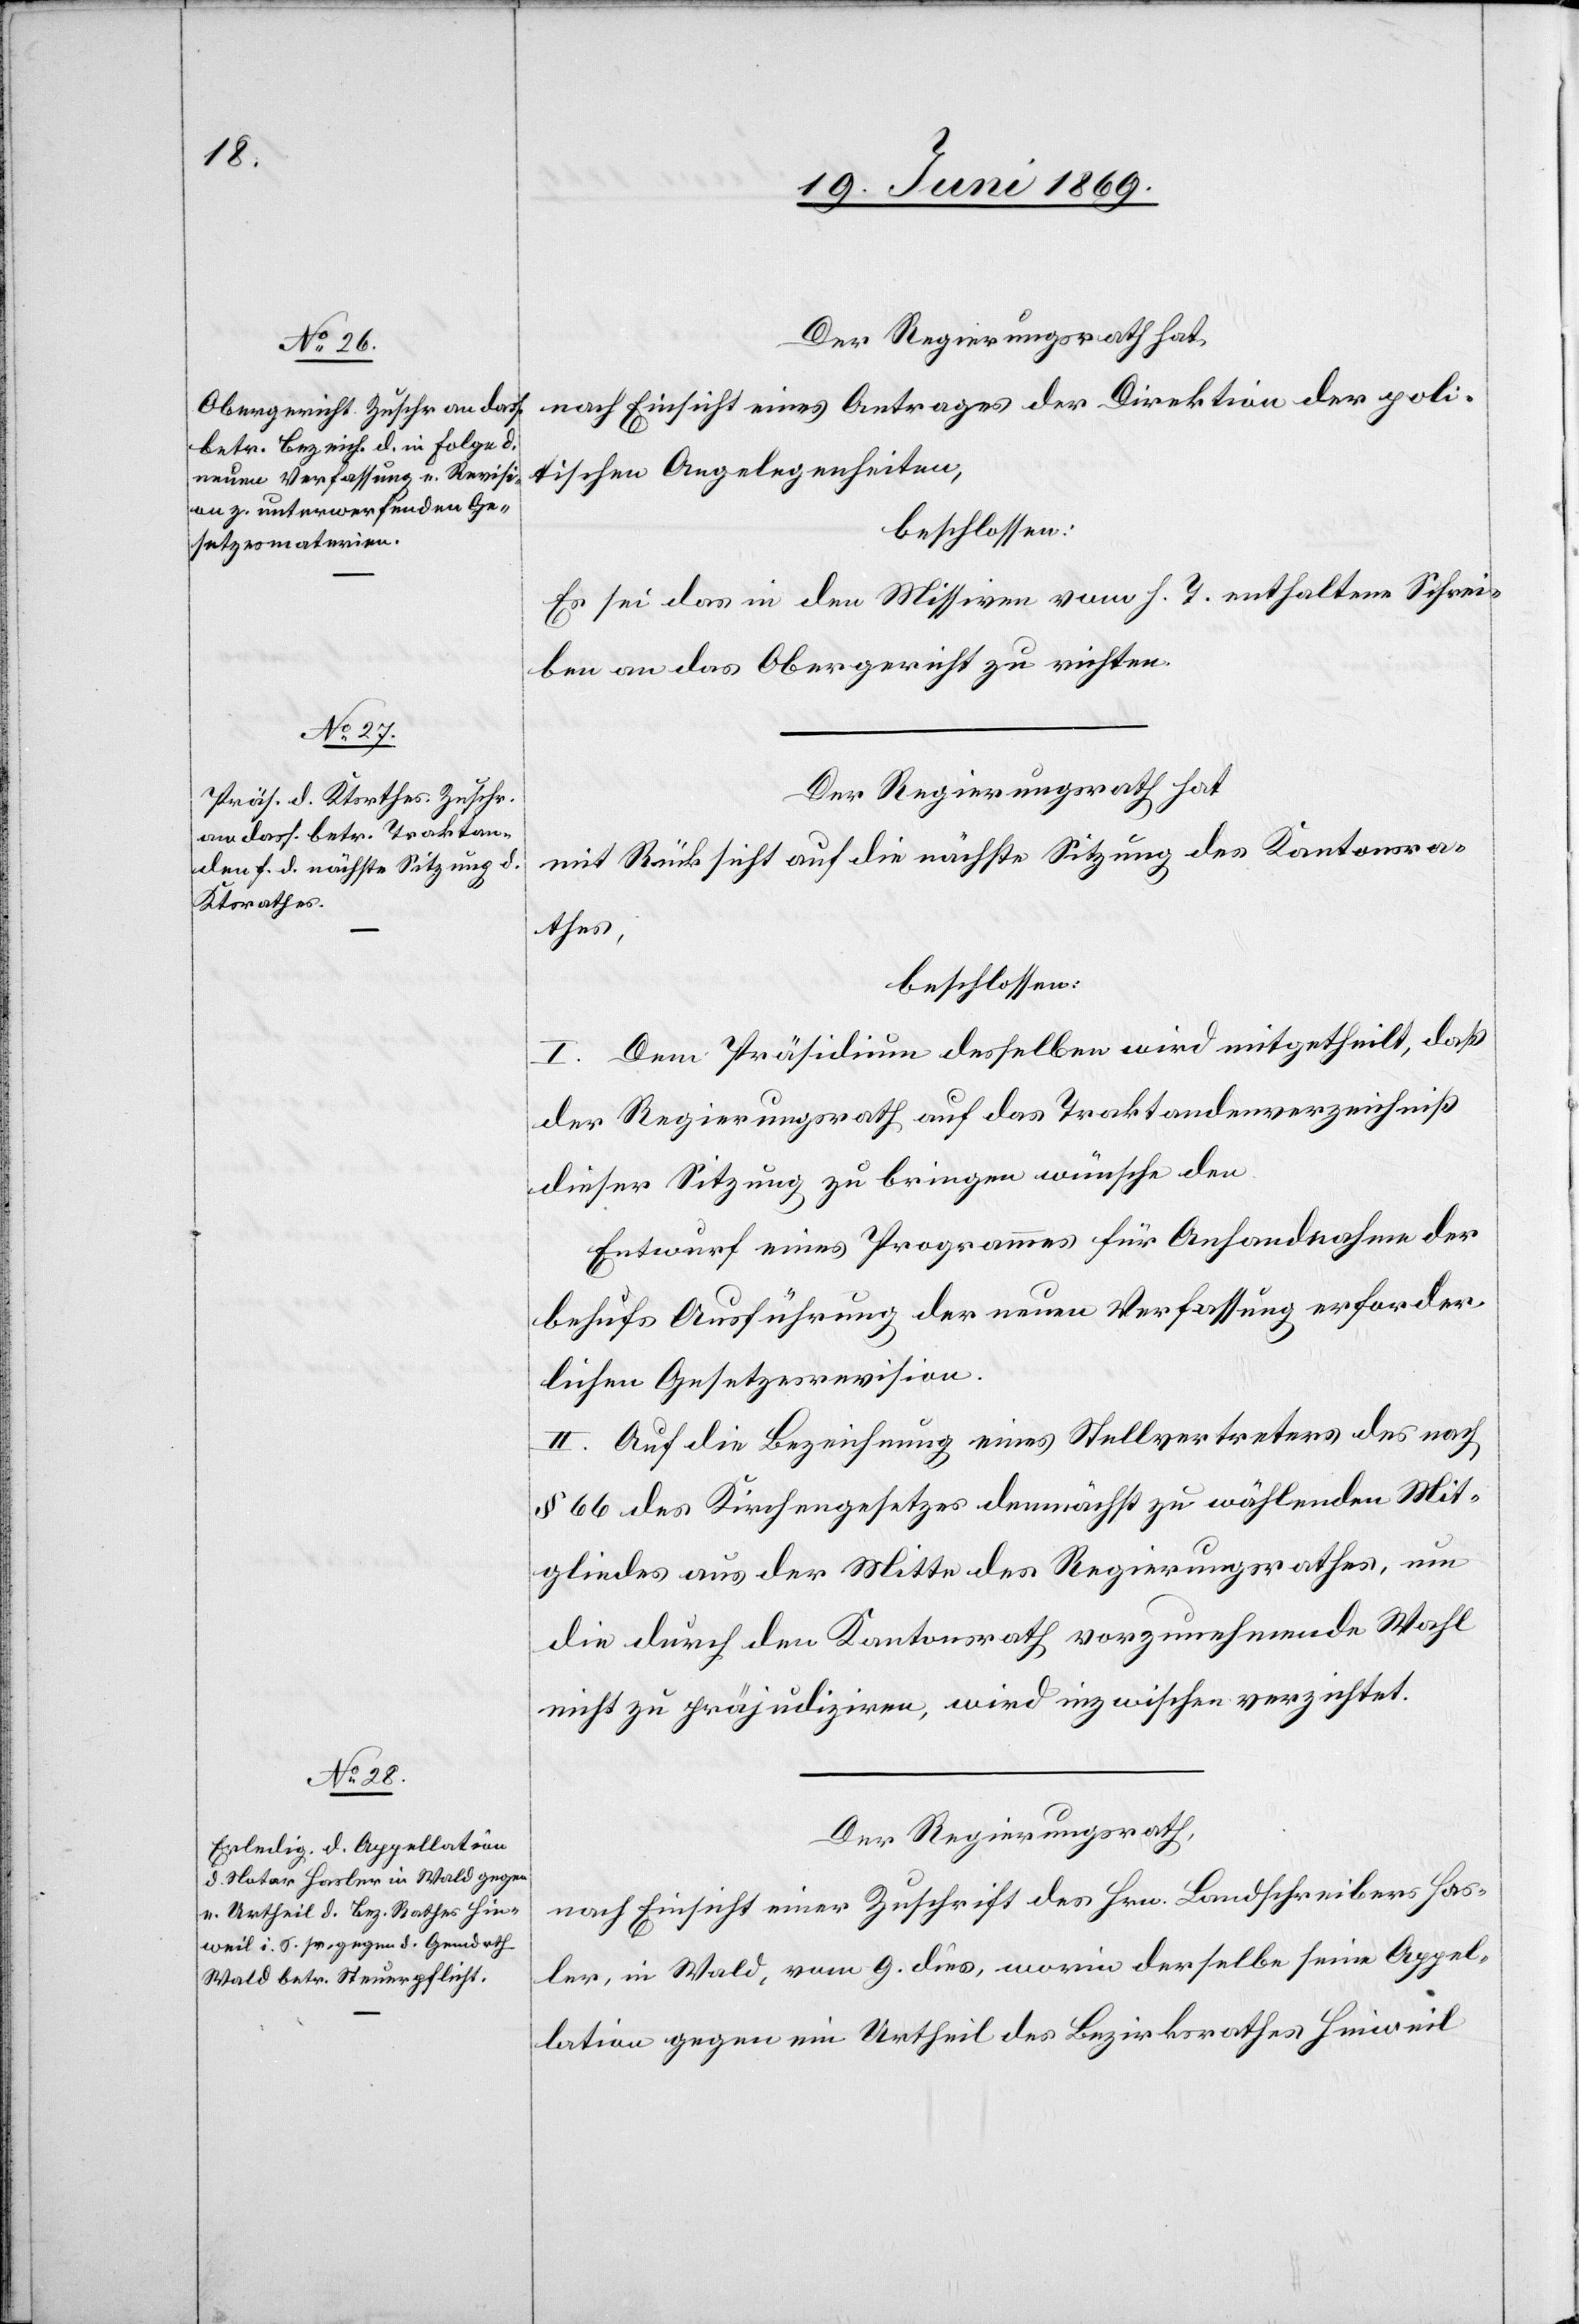
Der Regierungsrath hat,
nach Einsicht eines Antrages der Direktion der poli¬
tischen Angelegenheiten,
beschlossen:
Es sei das in den Missiven vom h. T. enthaltene Schrei¬
ben an das Obergericht zu richten.
Der Regierungsrath hat,
mit Rücksicht auf die nächste Sitzung des Kantonsra¬
thes,
beschlossen:
I. Dem Präsidium desselben wird mitgetheilt, daß
der Regierungsrath auf das Traktandenverzeichniß
dieser Sitzung zu bringen wünsche den
Entwurf eines Programms für Anhandnahme der
behufs Ausführung der neuen Verfassung erforder¬
lichen Gesetzesrevision.
II. Auf die Bezeichnung eines Stellvertreters des nach
§ 66 des Kirchengesetzes demnächst zu wählenden Mit¬
gliedes aus der Mitte des Regierungsrathes, um
die durch den Kantonsrath vorzunehmende Wahl
nicht zu präjudiziren, wird inzwischen verzichtet.
Der Regierungsrath,
nach Einsicht einer Zuschrift des Hrn. Landschreibers Has¬
ler, in Wald, vom 9 dies, worin derselbe seine Appel¬
lation gegen ein Urtheil des Bezirksrathes Hinweil